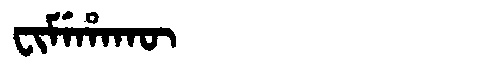
Manchu: ᠸᡳᠮᡝᡥᠠᡴᡡ
Romanization: FIMEHAKŪ